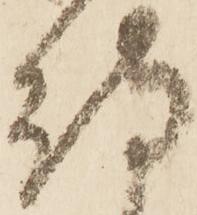
待